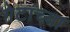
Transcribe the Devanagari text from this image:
गेटांच्या